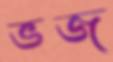
ভজ